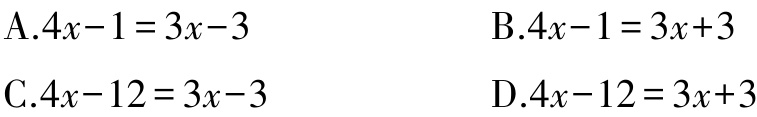
A.$4x - 1 = 3x - 3$
B.$4x - 1 = 3x + 3$
C.$4x - 12 = 3x - 3$
D.$4x - 12 = 3x + 3$